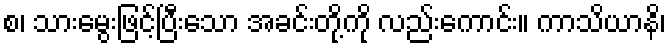
စ၊ သားမွေးဖြင့်ပြီးသော အခင်းတို့ကို လည်းကောင်း။ ကာသိယာနိ၊